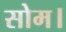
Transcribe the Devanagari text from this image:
सोम।